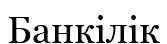
Банкілік